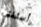
أسئلتي